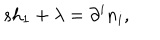
LaTeX: s h _ { 1 } + \lambda = \partial ^ { i } n _ { i } ,